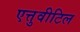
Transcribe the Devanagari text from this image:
एत्तुवीटिल